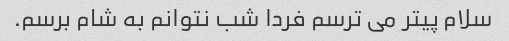
سلام پیتر می ترسم فردا شب نتوانم به شام ​​برسم.